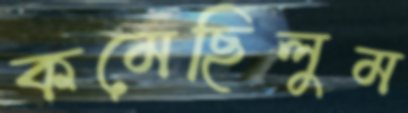
কমেছিলুম